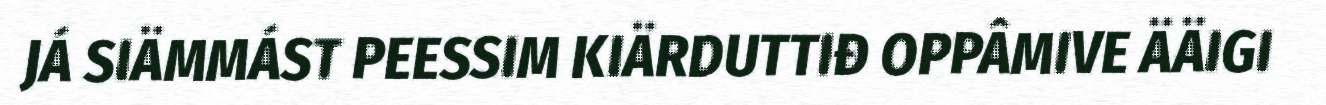
JÁ SIÄMMÁST PEESSIM KIÄRDUTTIĐ OPPÂMIVE ÄÄIGI